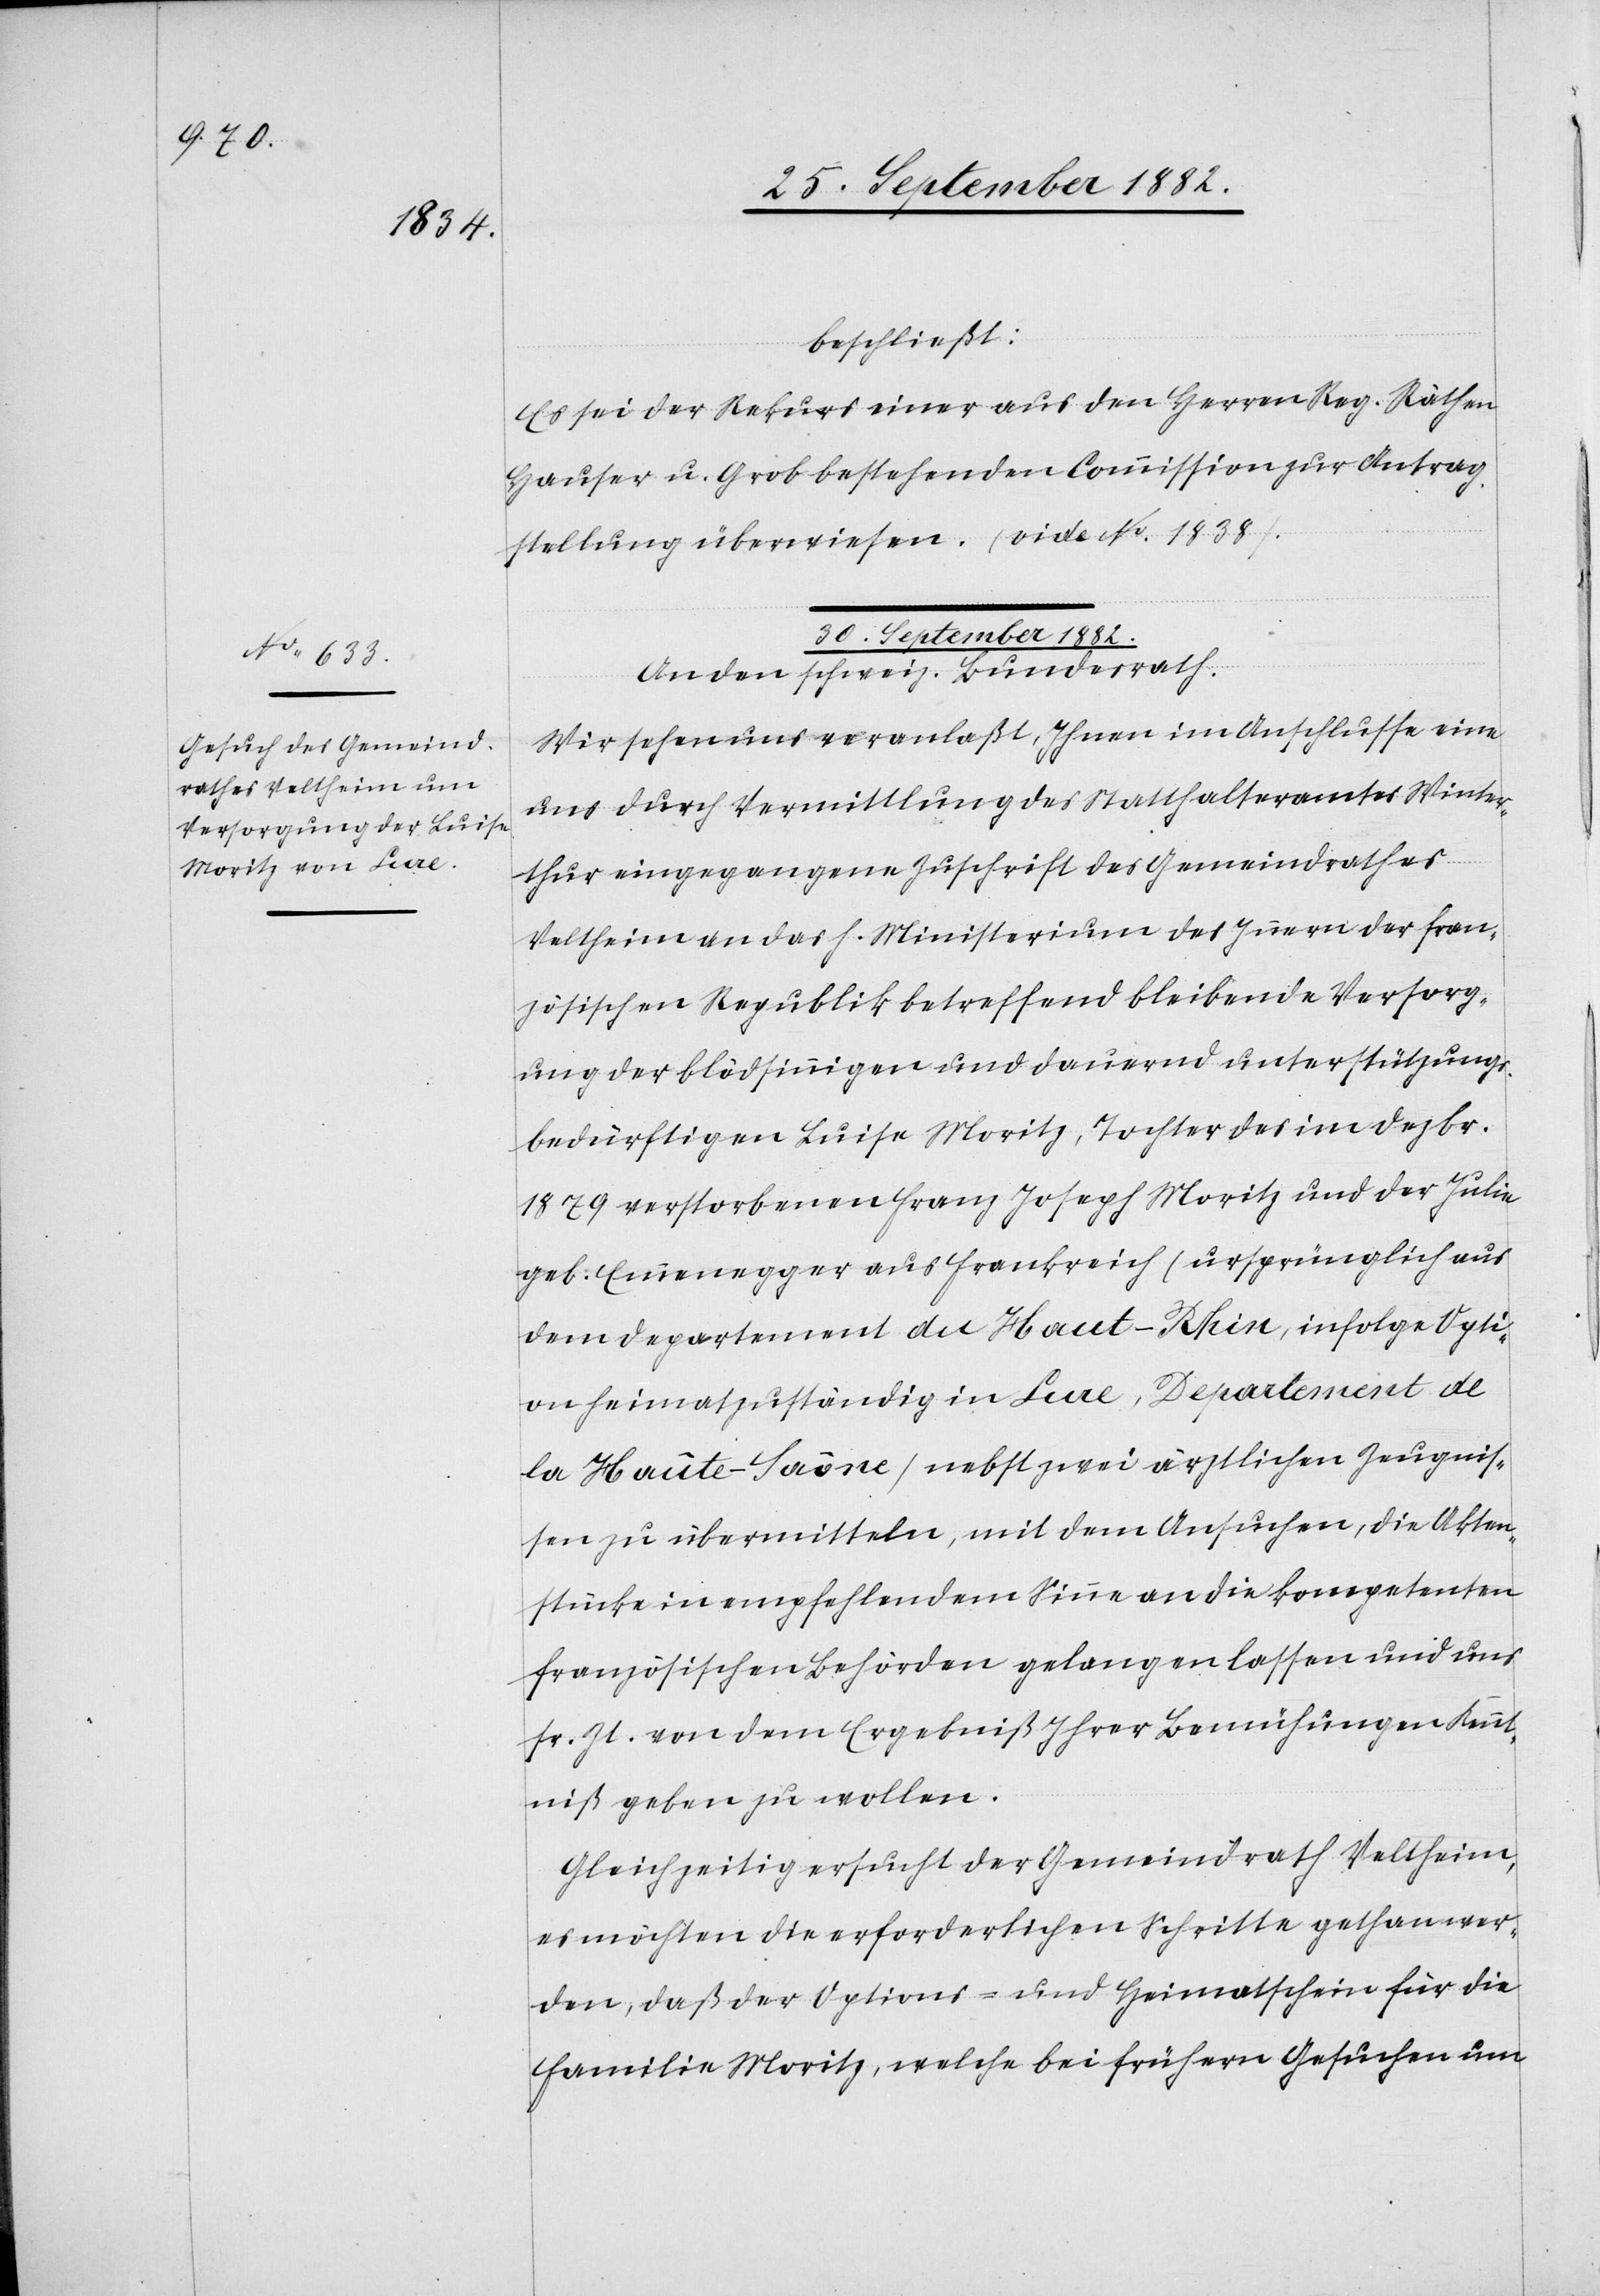
beschließt:
Es sei der Rekurs einer aus den Herren Reg. Räthen
Hauser u. Grob bestehenden Commission zur Antrag¬
stellung überwiesen. (vide No 1838).
30. September 1882.
An den schweiz. Bundesrath.
Wir sehen uns veranlaßt, Ihnen im Anschlusse eine
uns durch Vermittlung des Statthalteramtes Winter¬
thur eingegangene Zuschrift des Gemeindrathes
Veltheim an das h. Ministerium des Innern der fran¬
zösischen Republik betreffend bleibende Versorg¬
ung des blödsinnigen und dauernd unterstützungs¬
bedürftigen Luise Moritz, Tochter des im Dezbr.
1879 verstorbenen Franz Joseph Moritz und der Julie
geb: Emmenegger aus Frankreich (ursprünglich aus
dem Departement du Haut-Rhin, infolge Opti¬
on heimzuständig in Liae, Departement de
la Haûte-Saône) nebst zwei ärztlichen, die Akten¬
stücke in empfehlendem Sinne an die kompetenten
französischen Behörden gelangen lassen und uns
sr. Zt. von dem Ergebniß Ihrer Bemühungen Kennt¬
niß geben zu wollen.
Gleichzeitig ersucht der Gemeindrath Veltheim,
es möchten die erforderlichen Schritte gethan wer¬
den, daß der Options- und Heimatschein für die
Familie Moritz, welche bei frühern Gesuchen um